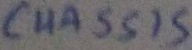
Text: CHASSIS